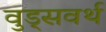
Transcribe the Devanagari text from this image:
वुड्सवर्थ